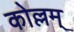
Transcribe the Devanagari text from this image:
कोल्लम्‌